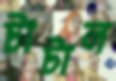
টাটাল